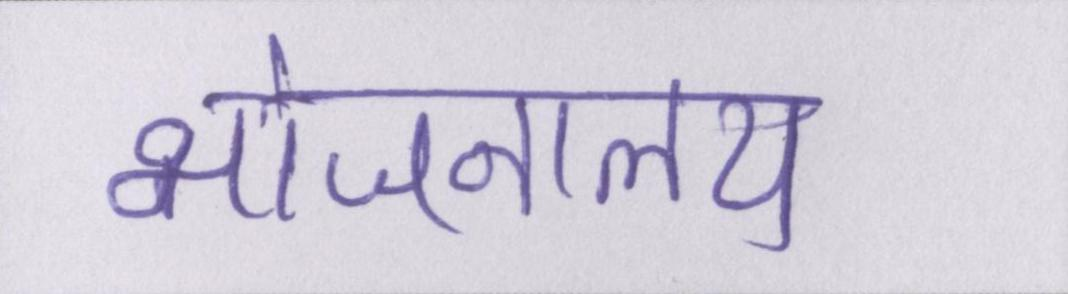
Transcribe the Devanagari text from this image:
भोजनालय